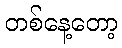
တစ်နေ့တော့